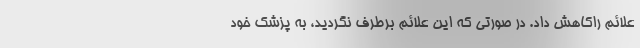
علائم راکاهش داد. در صورتی که این علائم برطرف نگردید، به پزشک خود